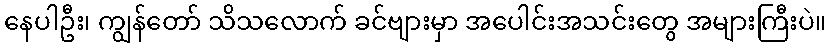
နေပါဦး၊ ကျွန်တော် သိသလောက် ခင်ဗျားမှာ အပေါင်းအသင်းတွေ အများကြီးပဲ။